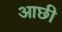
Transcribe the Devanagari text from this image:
आछी